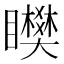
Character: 𥌞